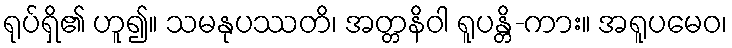
ရုပ်ရှိ၏ ဟူ၍။ သမနုပဿတိ၊ အတ္တနိဝါ ရူပန္တိ-ကား။ အရူပမေဝ၊